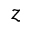
z